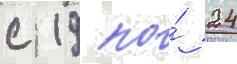
с 19 по́ 24